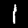
Digit: 1